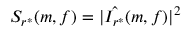
S _ { r ^ { * } } ( m , f ) = | \hat { I _ { r ^ { * } } } ( m , f ) | ^ { 2 }